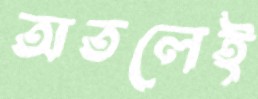
অতলেই